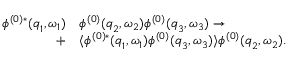
\begin{array} { r l } { \phi ^ { ( 0 ) * } ( { \boldsymbol { q } } _ { 1 } , \omega _ { 1 } ) } & { { } \phi ^ { ( 0 ) } ( { \boldsymbol { q } } _ { 2 } , \omega _ { 2 } ) \phi ^ { ( 0 ) } ( { \boldsymbol { q } } _ { 3 } , \omega _ { 3 } ) \to } \\ { + } & { { } \langle \phi ^ { ( 0 ) * } ( { \boldsymbol { q } } _ { 1 } , \omega _ { 1 } ) \phi ^ { ( 0 ) } ( { \boldsymbol { q } } _ { 3 } , \omega _ { 3 } ) \rangle \phi ^ { ( 0 ) } ( { \boldsymbol { q } } _ { 2 } , \omega _ { 2 } ) . } \end{array}